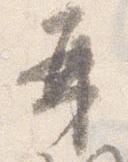
再